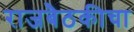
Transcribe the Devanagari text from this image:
राजबैठकीचा